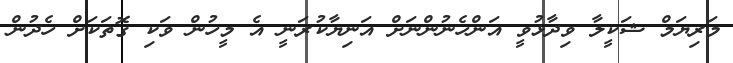
މަރިޔަމް ޝަކީލާ ވިދާޅުވީ އަންހެނުންނަށް އަނިޔާކުރަނީ އެ މީހުން ވަކި ގޮތަކަށް ހެދުން